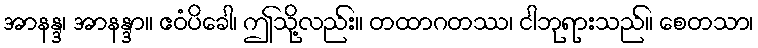
အာနန္ဒ၊ အာနန္ဒာ။ ဧဝံပိခေါ၊ ဤသို့လည်း။ တထာဂတဿ၊ ငါဘုရားသည်။ စေတသာ၊